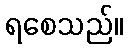
ရစေသည်။